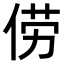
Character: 𫢬